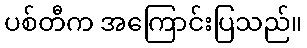
ပစ်တီက အကြောင်းပြသည်။